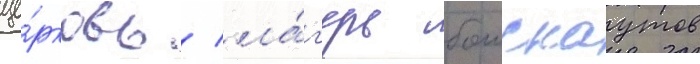
це́рковь / ла́г'ерь боискаутов